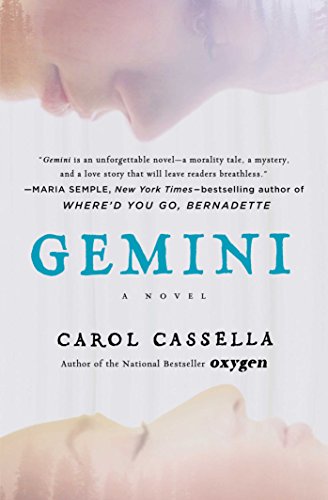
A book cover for Gemini: A Novel; Carol Cassella; Literature & Fiction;